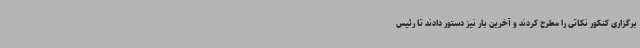
برگزاری کنکور نکاتی را مطرح کردند و آخرین بار نیز دستور دادند تا رئیس